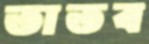
তাতব